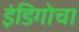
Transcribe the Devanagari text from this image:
इंडिगोचा